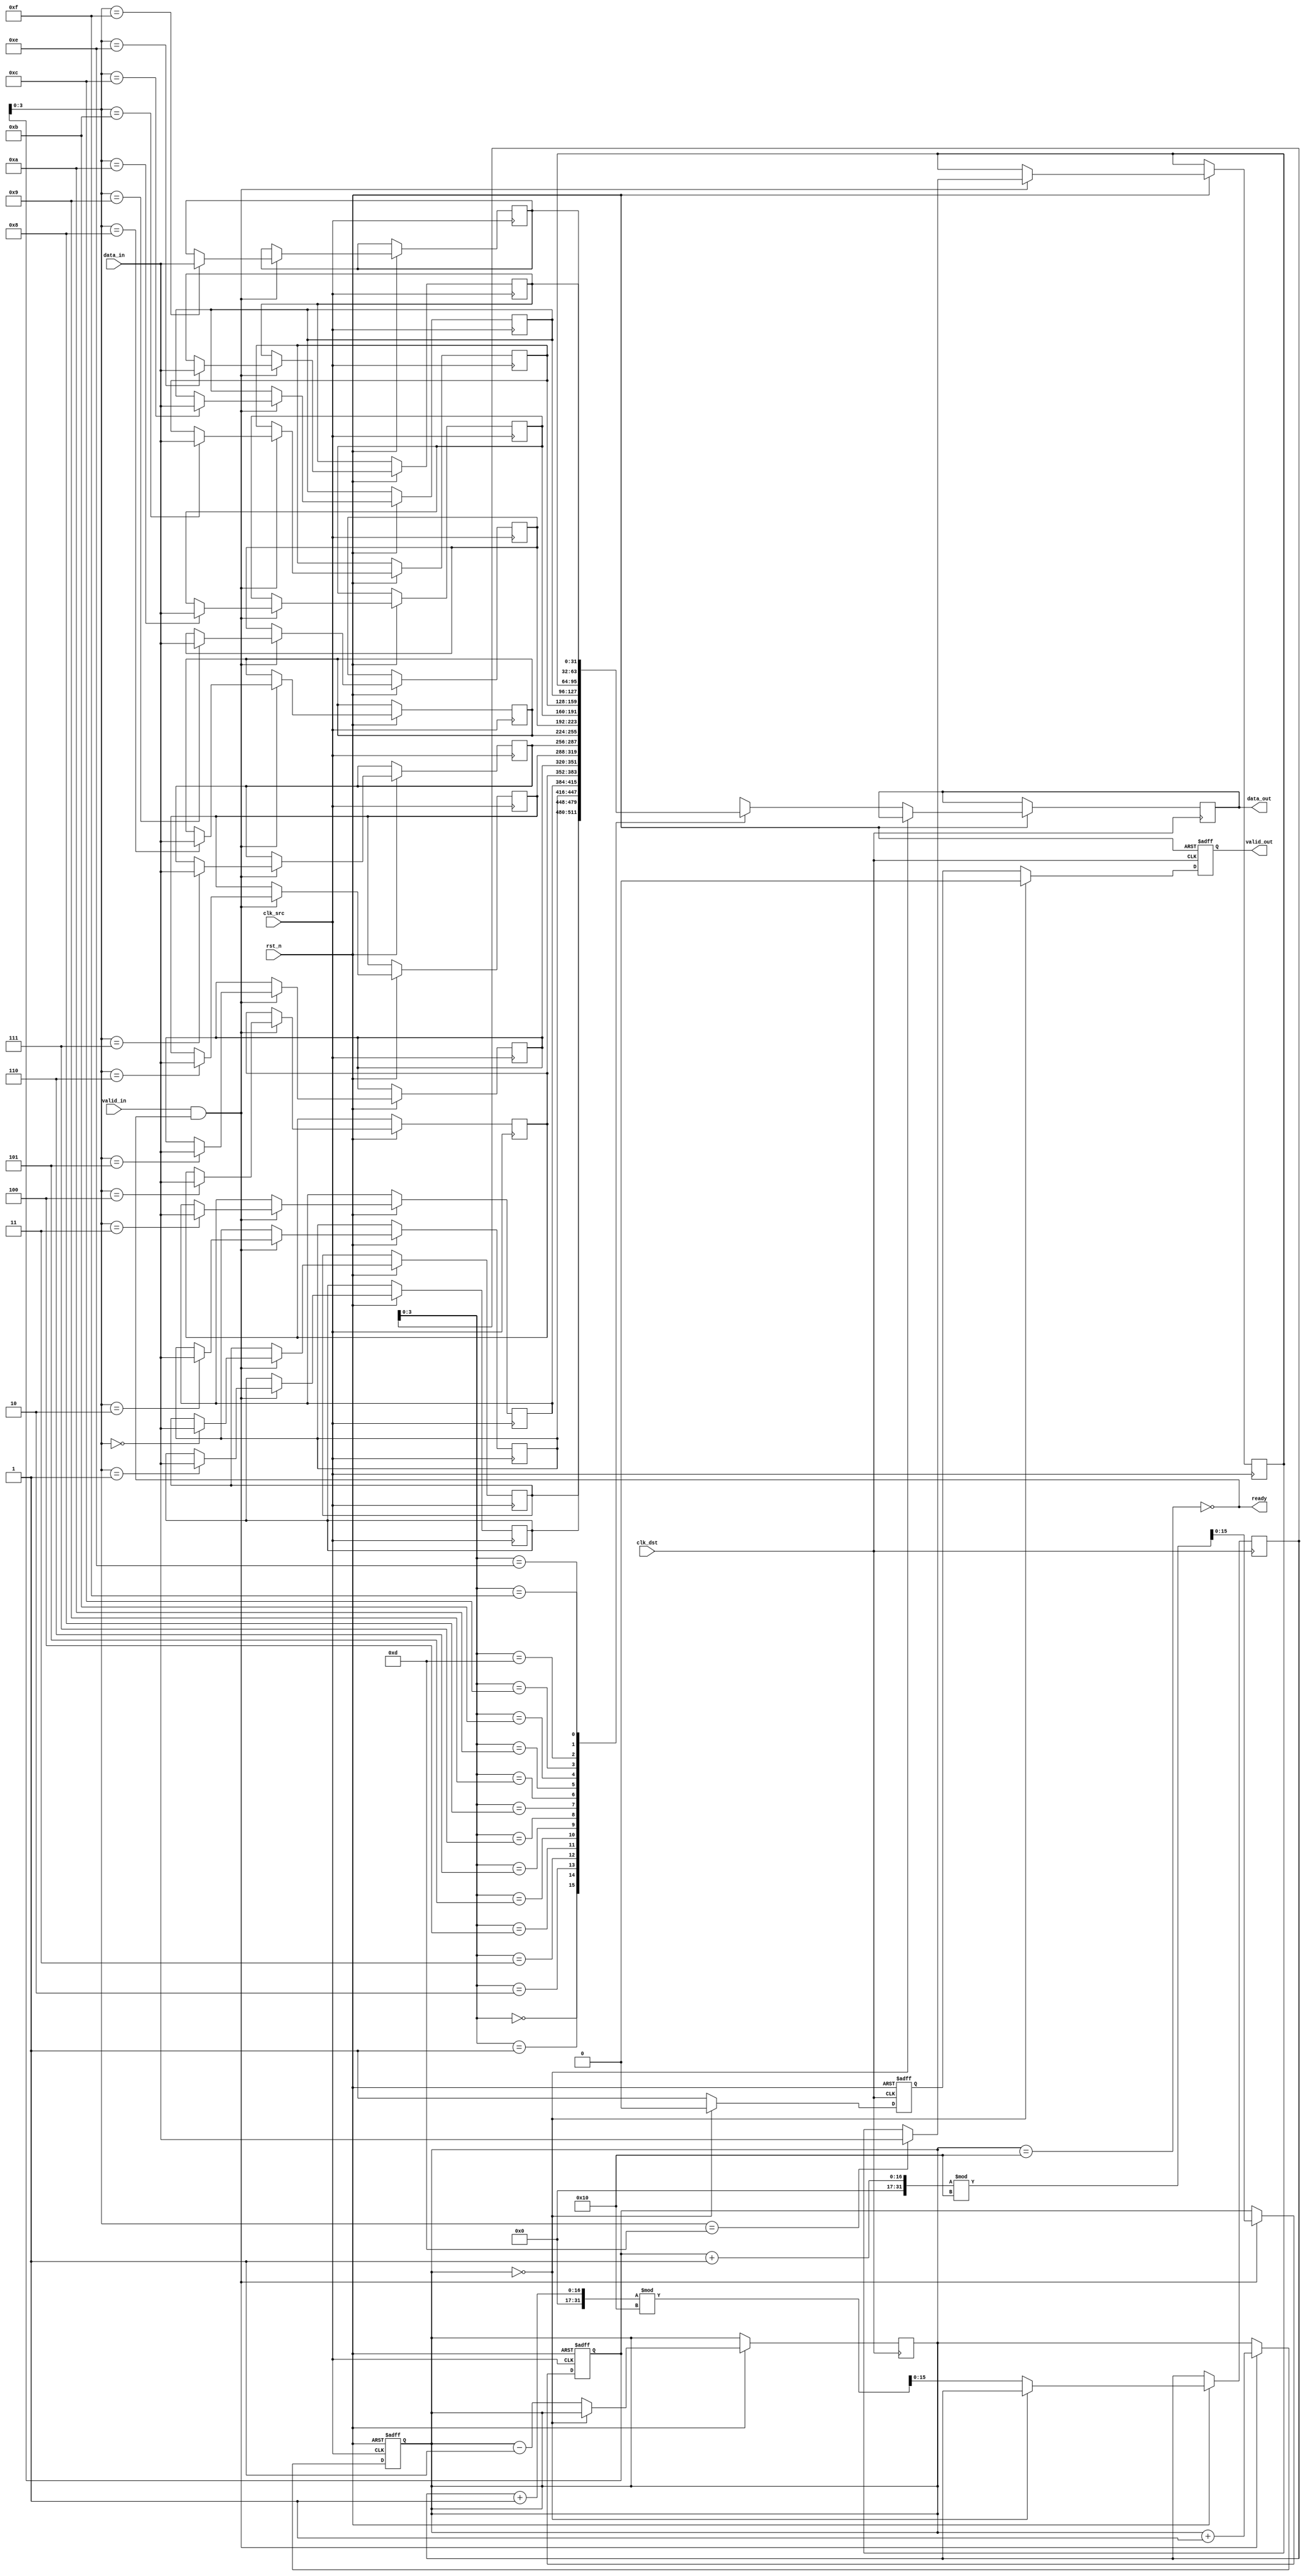
module MemoryBlocksPipelineSynchronizer #(
    parameter DATA_WIDTH = 32,
    parameter FIFO_DEPTH = 16
)(
    input wire clk_src,              // Source clock
    input wire clk_dst,              // Destination clock
    input wire rst_n,                // Active low reset
    input wire [DATA_WIDTH-1:0] data_in, // Data input from source clock domain
    input wire valid_in,             // Valid signal for input data
    output wire [DATA_WIDTH-1:0] data_out, // Synchronized data output
    output wire valid_out,           // Valid signal for output data
    output wire ready                // Ready signal for input data
);

    // FIFO structure declarations
    reg [DATA_WIDTH-1:0] fifo_mem [0:FIFO_DEPTH-1];
    reg [FIFO_DEPTH-1:0] write_ptr;
    reg [FIFO_DEPTH-1:0] read_ptr;
    reg [FIFO_DEPTH-1:0] count;

    // Handshaking signals
    reg valid_in_sync;
    reg valid_out_reg;
    wire fifo_full;
    wire fifo_empty;

    // Control signals
    assign fifo_full = (count == FIFO_DEPTH);
    assign fifo_empty = (count == 0);
    assign valid_out = valid_out_reg;
    assign ready = !fifo_full;

    // Input buffer and write logic in source domain
    always @(posedge clk_src or negedge rst_n) begin
        if (!rst_n) begin
            write_ptr <= 0;
            count <= 0;
        end else if (valid_in && ready) begin
            fifo_mem[write_ptr] <= data_in;
            write_ptr <= (write_ptr + 1) % FIFO_DEPTH;
            count <= count + 1;
        end
    end

    // Synchronization registers - 2 stages
    always @(posedge clk_dst or negedge rst_n) begin
        if (!rst_n) begin
            valid_in_sync <= 0;
            valid_out_reg <= 0;
        end else if (!fifo_empty) begin
            // First stage of synchronization
            valid_in_sync <= 1;
            // Second stage of synchronization
            valid_out_reg <= valid_in_sync;

            // Read logic
            data_out <= fifo_mem[read_ptr];
            read_ptr <= (read_ptr + 1) % FIFO_DEPTH;
            count <= count - 1;
        end else begin
            valid_in_sync <= 0;
            valid_out_reg <= 0;
        end
    end

endmodule